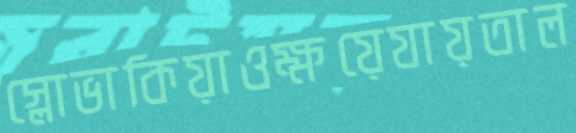
স্লোভাকিয়াওক্ষয়েযায়তাল